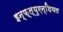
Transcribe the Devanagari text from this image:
इन्फ़्ल्युएन्शियल